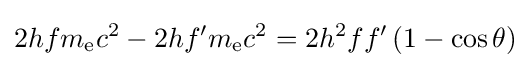
2hfm_{\text{e}}c^{2}-2hf'm_{\text{e}}c^{2}=2h^{2}ff'\left(1-\cos \theta \right)